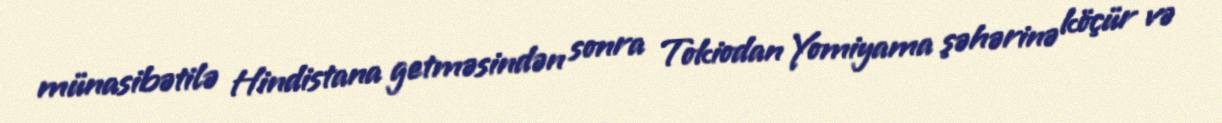
münasibətilə Hindistana getməsindən sonra Tokiodan Yomiyama şəhərinə köçür və